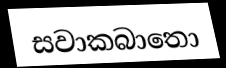
සවාකබාතො